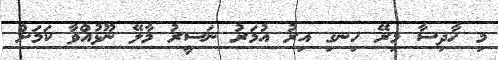
މި ހާދިސާ މިރޭ ހިނގި އިރު އުމަރު ނަސީރު މާލޭ ނޫޅުއްވާ ކަމަށް